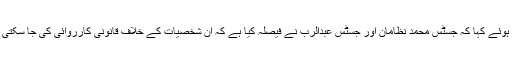
سرکاری وکیل خورشید عالم خان نے اس کیس کی تفصیلات بتاتے ہوئے کہا کہ جسٹس محمد نظامان اور جسٹس عبدالرب نے فیصلہ کیا ہے کہ ان شخصیات کے خلاف قانونی کارروائی کی جا سکتی ہے، اس لیے ان افراد کے خلاف بدعنوانی کا مقدمہ چلایا جائے گا۔